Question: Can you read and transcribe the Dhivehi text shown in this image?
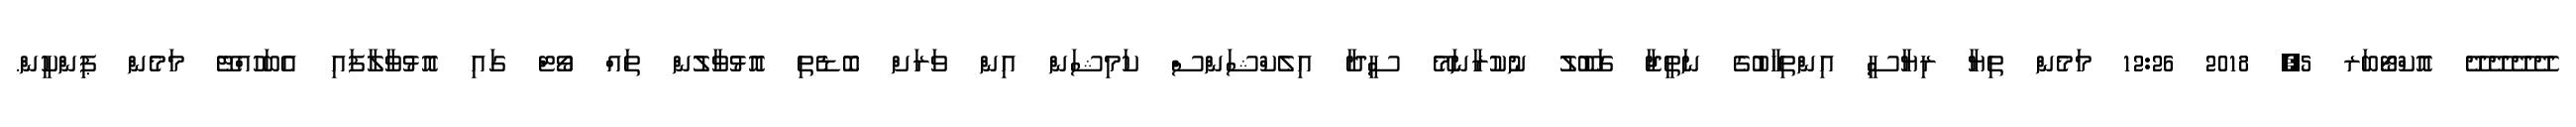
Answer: ދޭދޭދޭދޭ އޮކްޓޯބަރ 5, 2018 12:26 މަމެން ތިޔާ ރިޔާސީ އިންތިޚާބުގެ ނަތީޖާ ގަބޫލު ނުކުރާނަމޭ ސީދާ އިލެކްޝަންސް ކަމިޝަން އިން ވަރަށް ބޮޑެތި އޮޅުވާލުން ތައް ވޯޓް ގައި އޮޅުވާލާފައި އެބަހުއްޓޭ މަމެން ޕިންކީން.